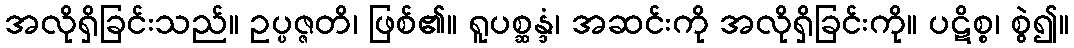
အလိုရှိခြင်းသည်။ ဥပ္ပဇ္ဇတိ၊ ဖြစ်၏။ ရူပစ္ဆန္ဒံ၊ အဆင်းကို အလိုရှိခြင်းကို။ ပဋိစ္စ၊ စွဲ၍။